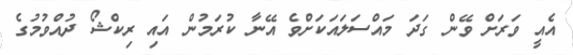
އެއީ ވަރަށް ވޭން ގަދަ މައްސަލައަކަށްވެ އޭނާ ކުރަމުން އައި ރިކްޝޯ ދުއްވުމުގެ